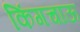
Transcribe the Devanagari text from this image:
किंगचाऊ